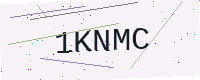
Text: 1KNMC